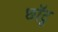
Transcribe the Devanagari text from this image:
छॉटू